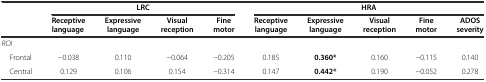
<table><thead><tr><td rowspan="2"></td><td colspan="4"><b>LRC</b></td><td colspan="5"><b>HRA</b></td></tr><tr><td><b>Receptive language</b></td><td><b>Expressive language</b></td><td><b>Visual reception</b></td><td><b>Fine motor</b></td><td><b>Receptive language</b></td><td><b>Expressive language</b></td><td><b>Visual reception</b></td><td><b>Fine motor</b></td><td><b>ADOS severity</b></td></tr></thead><tbody><tr><td><i>ROI</i></td><td></td><td></td><td></td><td></td><td></td><td></td><td></td><td></td><td></td></tr><tr><td> Frontal</td><td>-0.038</td><td>0.110</td><td>-0.064</td><td>-0.205</td><td>0.185</td><td><b>0.360*</b></td><td>0.160</td><td>-0.115</td><td>0.140</td></tr><tr><td> Central</td><td>0.129</td><td>0.106</td><td>0.154</td><td>-0.314</td><td>0.147</td><td><b>0.442*</b></td><td>0.190</td><td>-0.052</td><td>0.278</td></tr></tbody></table>